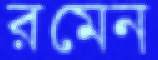
রমেন